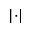
\left\lvert \cdot \right\rvert